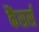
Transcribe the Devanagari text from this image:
कैंसर्स